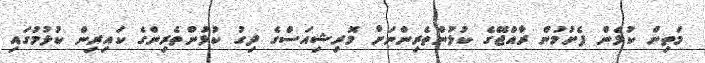
މަތިން ކުޅެން ފެށުމުން ރާއްޖޭގެ ކުޅުންތެރިންނަށް މޮރިޝިއަސްގެ ދިގު ކުޅުންތެރިންގެ ކައިރިން ކުޅުމުގައި